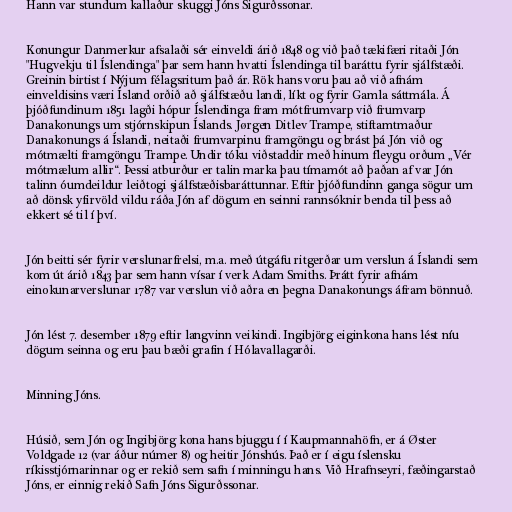
Hann var stundum kallaður skuggi Jóns Sigurðssonar.

Konungur Danmerkur afsalaði sér einveldi árið 1848 og við það tækifæri ritaði Jón
"Hugvekju til Íslendinga" þar sem hann hvatti Íslendinga til baráttu fyrir sjálfstæði.
Greinin birtist í Nýjum félagsritum það ár. Rök hans voru þau að við afnám
einveldisins væri Ísland orðið að sjálfstæðu landi, líkt og fyrir Gamla sáttmála. Á
þjóðfundinum 1851 lagði hópur Íslendinga fram mótfrumvarp við frumvarp
Danakonungs um stjórnskipun Íslands. Jørgen Ditlev Trampe, stiftamtmaður
Danakonungs á Íslandi, neitaði frumvarpinu framgöngu og brást þá Jón við og
mótmælti framgöngu Trampe. Undir tóku viðstaddir með hinum fleygu orðum „Vér
mótmælum allir“. Þessi atburður er talin marka þau tímamót að þaðan af var Jón
talinn óumdeildur leiðtogi sjálfstæðisbaráttunnar. Eftir þjóðfundinn ganga sögur um
að dönsk yfirvöld vildu ráða Jón af dögum en seinni rannsóknir benda til þess að
ekkert sé til í því.

Jón beitti sér fyrir verslunarfrelsi, m.a. með útgáfu ritgerðar um verslun á Íslandi sem
kom út árið 1843 þar sem hann vísar í verk Adam Smiths. Þrátt fyrir afnám
einokunarverslunar 1787 var verslun við aðra en þegna Danakonungs áfram bönnuð.

Jón lést 7. desember 1879 eftir langvinn veikindi. Ingibjörg eiginkona hans lést níu
dögum seinna og eru þau bæði grafin í Hólavallagarði.

Minning Jóns.

Húsið, sem Jón og Ingibjörg kona hans bjuggu í í Kaupmannahöfn, er á Øster
Voldgade 12 (var áður númer 8) og heitir Jónshús. Það er í eigu íslensku
ríkisstjórnarinnar og er rekið sem safn í minningu hans. Við Hrafnseyri, fæðingarstað
Jóns, er einnig rekið Safn Jóns Sigurðssonar.